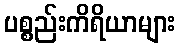
ပစ္စည်းကိရိယာများ